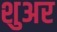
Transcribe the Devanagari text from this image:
शुअर